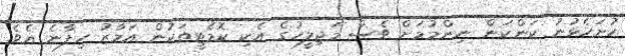
ހުށަހެޅުނު ކަންކަން ނިންމުމަށް ވެސް މަޖިލީހުގެ އެކި ކޮމެޓީތަކުން އަމާޒު ހިފާނެ އެވެ.